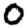
Digit: 0